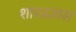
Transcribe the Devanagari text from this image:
शास्त्रज्ञास